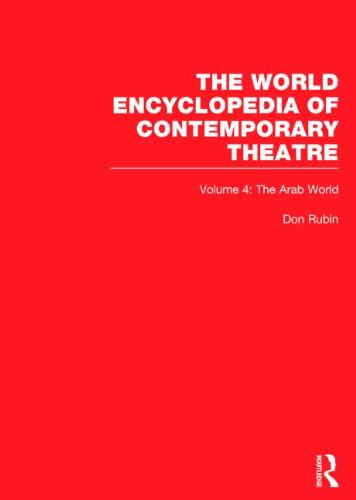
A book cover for World Encyclopedia of Contemporary Theatre Volume 4: The Arab World; Don Rubin (Series Editor); Humor & Entertainment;